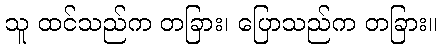
သူ ထင်သည်က တခြား၊ ပြောသည်က တခြား။